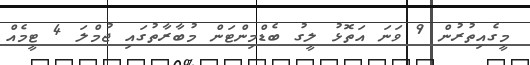
މީގެއިތުރުން 9 ވަނަ އަތޮޅު ލީގު ބެޑްމިންޓަން މުބާރާތުގައި ޖުމްލަ 4 ޓީމެއް